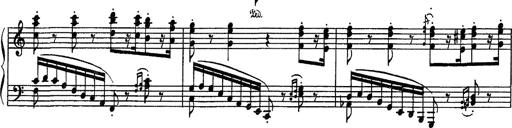
Title: Fantaisie sur des motifs favoris de l'opÃ©ra 'La sonnambula'
Composer: Franz Liszt